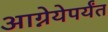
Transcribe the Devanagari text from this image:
आग्नेयेपर्यंत